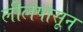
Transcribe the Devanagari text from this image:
लीलपासून